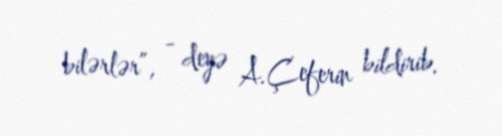
bilərlər”, - deyə A.Çeferin bildirib.